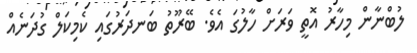
ލުބްނާން މިހާރު އޮތީ ވަރަށް ހާލުގަ އެވެ. ބޭރޫތު ބަނދަރުގައި ކެމިކަލް ގުދަނެއް